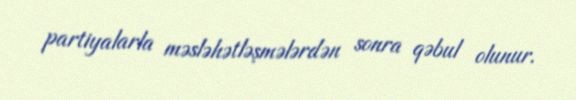
partiyalarla məsləhətləşmələrdən sonra qəbul olunur.